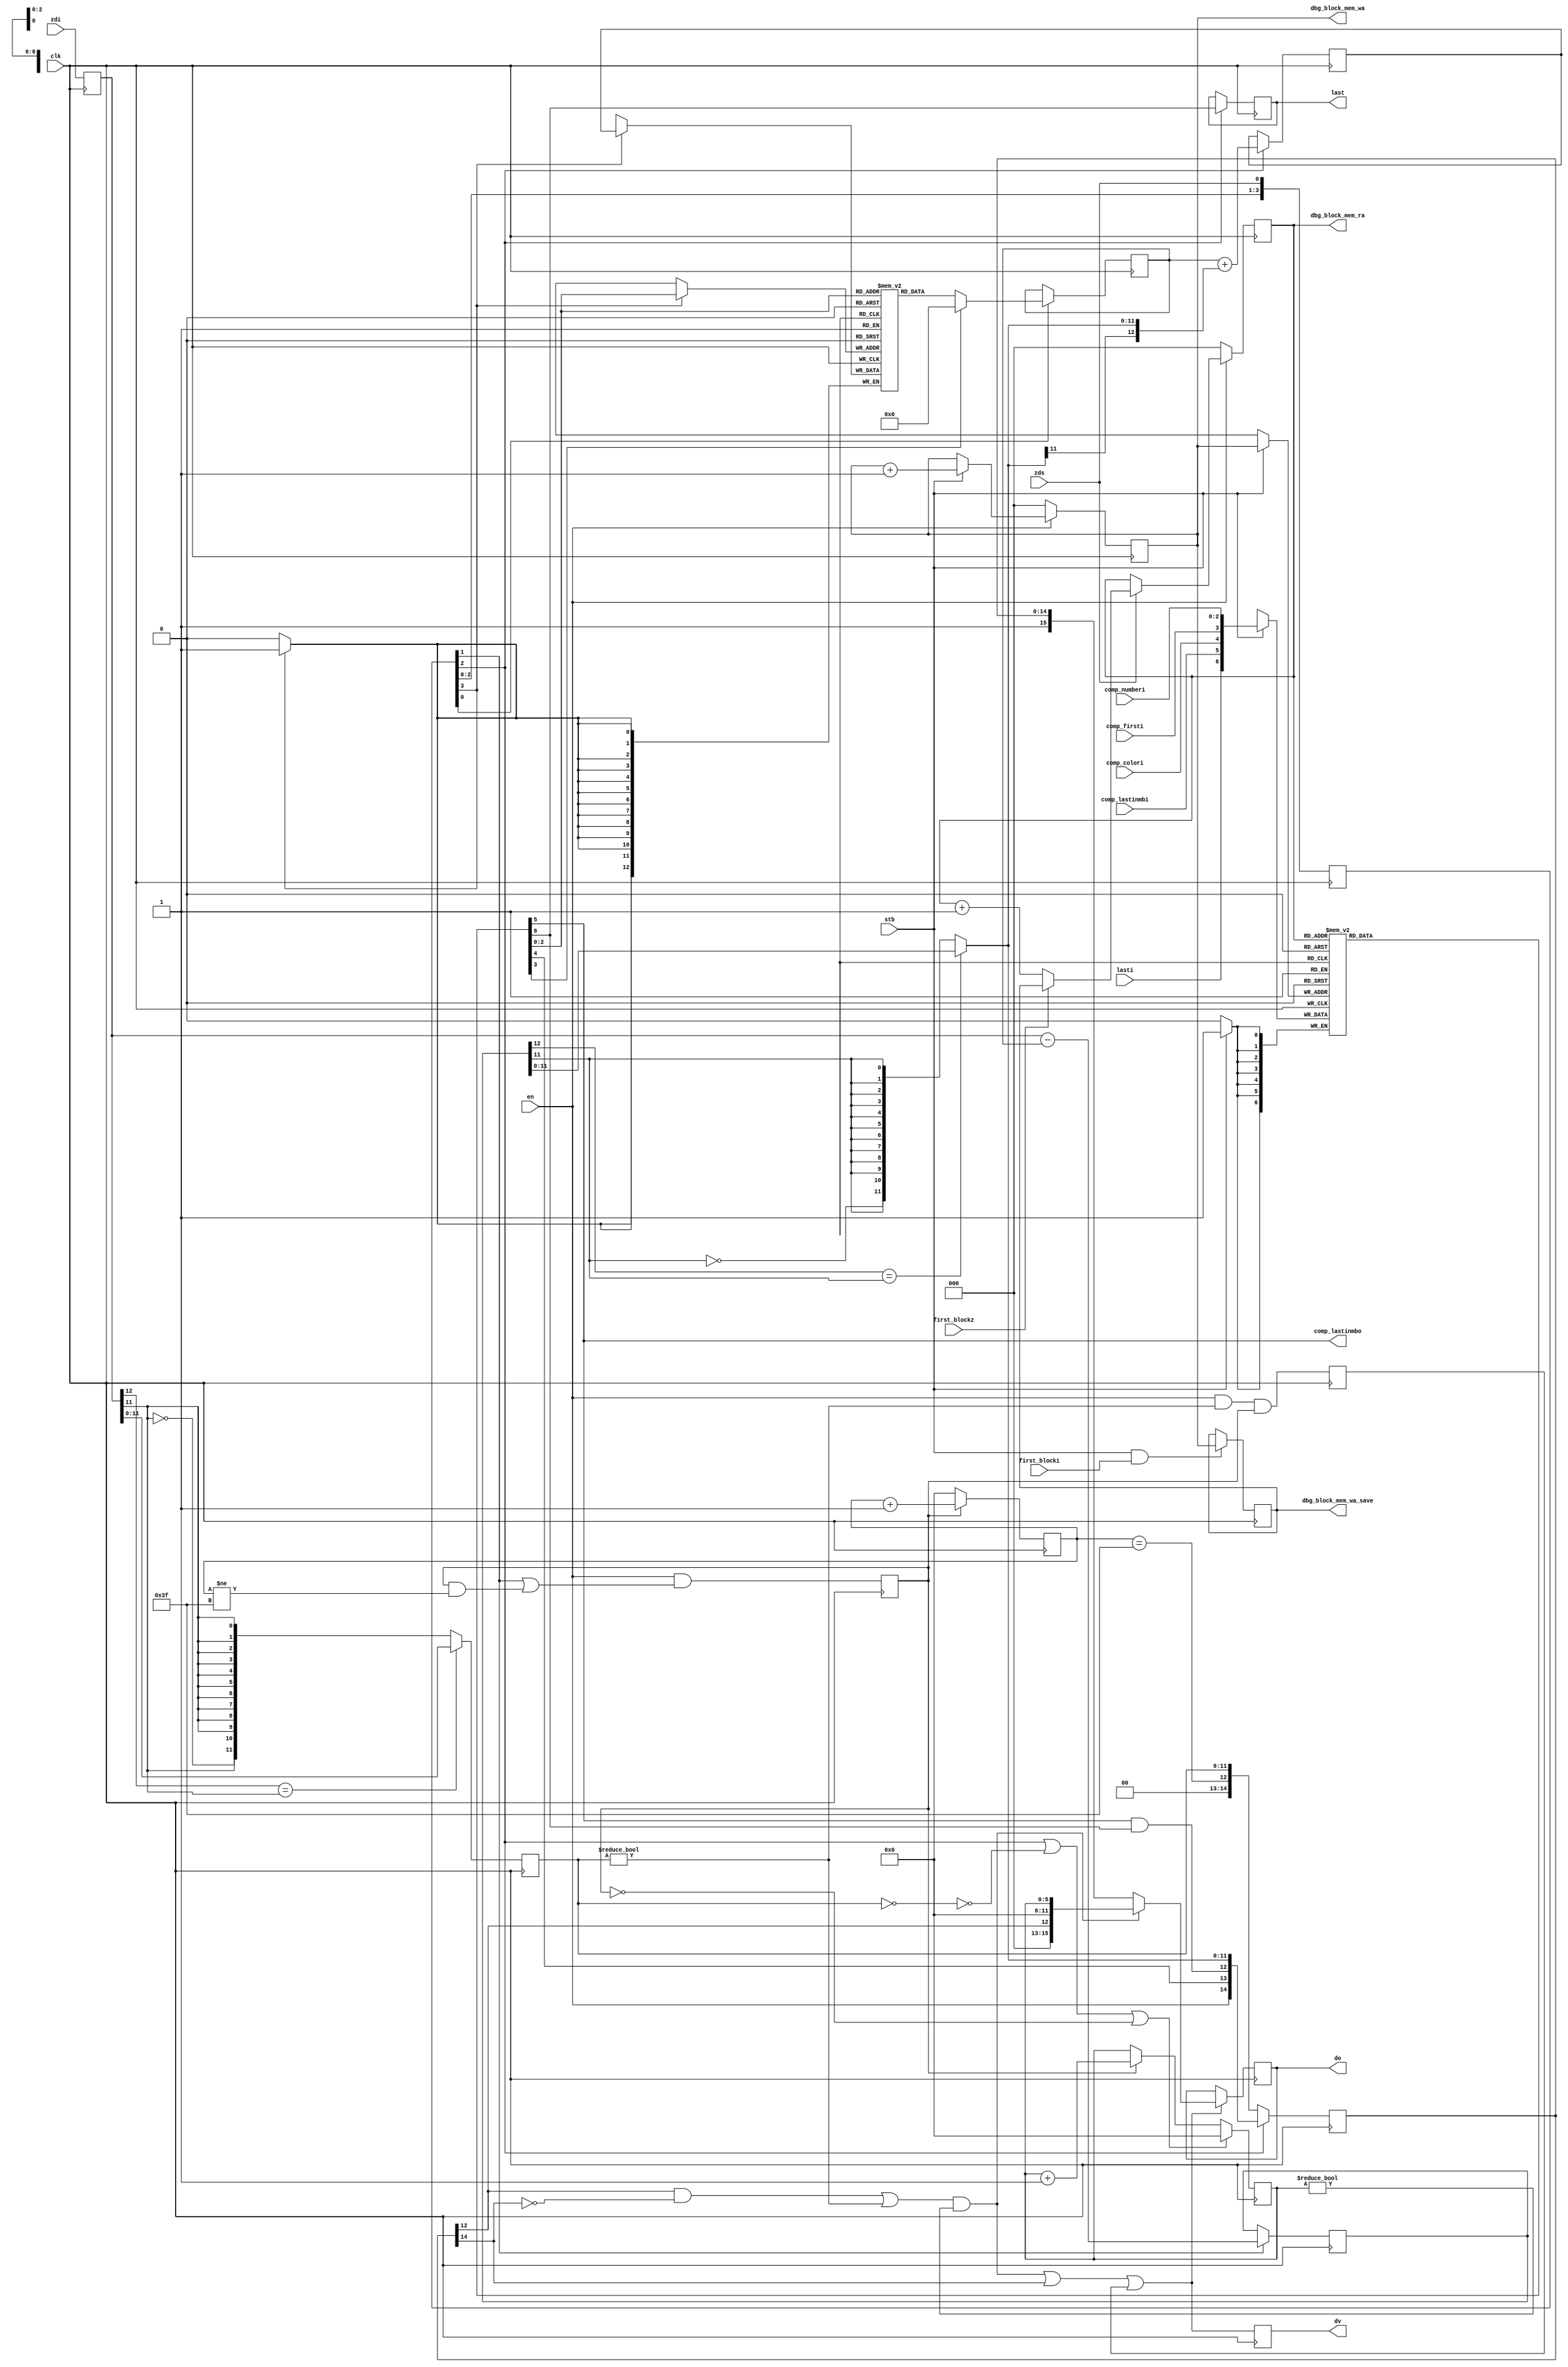
/*!
 * <b>Module:</b>encoderDCAC393
 * @file encoderDCAC393.v
 * @author Andrey Filippov     
 *
 * @brief  RLL encoder for JPEG compressor
 *
 * @copyright Copyright (c) 2002-2015 Elphel, Inc.
 *
 * <b>License:</b>
 *
 * encoderDCAC393.v is free software; you can redistribute it and/or modify
 * it under the terms of the GNU General Public License as published by
 * the Free Software Foundation, either version 3 of the License, or
 * (at your option) any later version.
 *
 * encoderDCAC393.v is distributed in the hope that it will be useful,
 * but WITHOUT ANY WARRANTY; without even the implied warranty of
 * MERCHANTABILITY or FITNESS FOR A PARTICULAR PURPOSE.  See the
 * GNU General Public License for more details.
 *
 * You should have received a copy of the GNU General Public License
 * along with this program.  If not, see <http://www.gnu.org/licenses/> .
 *
 * Additional permission under GNU GPL version 3 section 7:
 * If you modify this Program, or any covered work, by linking or combining it
 * with independent modules provided by the FPGA vendor only (this permission
 * does not extend to any 3-rd party modules, "soft cores" or macros) under
 * different license terms solely for the purpose of generating binary "bitstream"
 * files and/or simulating the code, the copyright holders of this Program give
 * you the right to distribute the covered work without those independent modules
 * as long as the source code for them is available from the FPGA vendor free of
 * charge, and there is no dependence on any encrypted modules for simulating of
 * the combined code. This permission applies to you if the distributed code
 * contains all the components and scripts required to completely simulate it
 * with at least one of the Free Software programs.
 */


// Accepts  13-bits signed data (only 12-bit can be ecoded), so DC difference (to be encoded) is limited (saturated) to 12 bits, not the value itself
// AC - always limited to 800 .. 7ff
module encoderDCAC393(
    input             clk,            // pixel clock, posedge
    input             en,             // enable (0 resets)
    input             lasti,          // was "last MCU in a frame" (@ stb)
    input             first_blocki,   // first block in frame - save fifo write address (@ stb) 
    input      [ 2:0] comp_numberi,   // [2:0] component number 0..2 in color, 0..3 - in jp4diff, >= 4 - don't use (@ stb) 
    input             comp_firsti,    // first this component in a frame (reset DC) (@ stb) 
    input             comp_colori,    // use color - huffman? (@ stb) 
    input             comp_lastinmbi, // last component in a macroblock (@ stb) is it needed?
    input             stb,            // strobe that writes firsti, lasti, tni,average
    input      [12:0] zdi,            // [11:0] zigzag-reordered data input
    input             first_blockz,   // first block input (@zds)
    input             zds,            // strobe - one ahead of the DC component output
    output reg        last,           //
    output reg [15:0] do,
    output reg        dv,
    // just for debug
    output comp_lastinmbo,
    output [2:0] dbg_block_mem_ra,
    output [2:0] dbg_block_mem_wa,
    output [2:0] dbg_block_mem_wa_save
    );


// 8x13  DC storage memory
    reg    [12:0] dc_mem[7:0];
    reg    [12:0] dc_diff0, dc_diff;
    wire   [11:0] dc_diff_limited=  (dc_diff[12]==dc_diff[11])?
                                     dc_diff[11:0] :
                                     {~dc_diff[11],{11{dc_diff[11]}}}; // difference (to be encoded) limited to fit 12 bits
    reg    [12:0] dc_restored; // corrected DC value of the current block, compensated to fit difference to 12 bits
    reg    [ 5:0] rll_cntr;
    reg    [5:0]  cntr;
    reg    [11:0] ac_in;

    wire          izero=(ac_in[11:0]==12'b0);

    reg    [14:0] val_r;    // DC diff/AC values to be sent out, registered

    reg           DCACen;    // enable DC/AC (2 cycles ahead of do
    wire          rll_out;
    wire          pre_dv;
    reg           was_nonzero_AC;
    reg    [12:0] zdi_d;
    reg     [3:0] zds_d;
    wire          DC_tosend=  zds_d[2];
    wire          pre_DCACen= zds_d[1];

    wire    [2:0] comp_numbero;   // [2:0] component number 0..2 in color, 0..3 - in jp4diff, >= 4 - don't use
    wire          comp_firsto;    // first this component in a frame (reset DC)
    wire          comp_coloro;    // use color - huffman?
//    wire          comp_lastinmbo; // last component in a macroblock
    wire          lasto;          // last macroblock in a frame
    reg     [2:0] block_mem_ra;
    reg     [2:0] block_mem_wa;
    reg     [2:0] block_mem_wa_save;
    reg     [6:0] block_mem_ram[0:7];
    wire    [6:0] block_mem_o=block_mem_ram[block_mem_ra[2:0]];
    
    assign comp_numbero[2:0]= block_mem_o[2:0];
    assign comp_firsto=       block_mem_o[3];
    assign comp_coloro=       block_mem_o[4];
    assign comp_lastinmbo=    block_mem_o[5];
    assign lasto=             block_mem_o[6];
    
    assign dbg_block_mem_ra = block_mem_ra;
    assign dbg_block_mem_wa = block_mem_wa;
    assign dbg_block_mem_wa_save = block_mem_wa_save;
    
    always @ (posedge clk) begin
        if (stb) block_mem_ram[block_mem_wa[2:0]] <= {lasti, comp_lastinmbi, comp_colori,comp_firsti,comp_numberi[2:0]};
        if      (!en) block_mem_wa[2:0] <= 3'h0;
        else if (stb) block_mem_wa[2:0] <= block_mem_wa[2:0] +1;

        if (stb && first_blocki) block_mem_wa_save[2:0] <= block_mem_wa[2:0];

        if      (!en) block_mem_ra[2:0] <= 3'h0;
        else if (zds) block_mem_ra[2:0] <= first_blockz?block_mem_wa_save[2:0]:(block_mem_ra[2:0] +1);
    end

    assign rll_out= ((val_r[12] && !val_r[14]) || (ac_in[11:0]!=12'b0)) && (rll_cntr[5:0]!=6'b0);
    assign     pre_dv=rll_out || val_r[14] || was_nonzero_AC;

    always @ (posedge clk) begin
        val_r[14:0] <={ DC_tosend?
                            {en,
                             comp_coloro,
                             comp_lastinmbo && lasto, // last component's  in a frame DC coefficient
                             dc_diff_limited[11:0]}:
                            {2'b0,
                              (cntr[5:0]==6'h3f),
                              ac_in[11:0]}}; 
        was_nonzero_AC <= en && (ac_in[11:0]!=12'b0) && DCACen;
        if (pre_dv) do <= rll_out? {3'b0,val_r[12],6'b0,rll_cntr[5:0]}:{1'b1,val_r[14:0]};
        dv    <= pre_dv;
        DCACen    <= en && (pre_DCACen || (DCACen && (cntr[5:0]!=6'h3f)));    // adjust
        if (!DCACen) cntr[5:0] <=6'b0;
        else              cntr[5:0] <=cntr[5:0]+1;
    end

    always @ (posedge clk) begin
        zdi_d[12:0] <= zdi[12:0];
        ac_in[11:0] <= (zdi_d[12]==zdi_d[11])? zdi_d[11:0]:{~zdi_d[11],{11{zdi_d[11]}}};  // always // delay + saturation
        
        if (DC_tosend || !izero || !DCACen) rll_cntr[5:0]    <= 6'h0;
        else if (DCACen) rll_cntr[5:0]    <= rll_cntr[5:0] +1 ;
        if (DC_tosend) last <= lasto;
    end

// DC components
    always @ (posedge clk) begin
        zds_d[3:0]           <= {zds_d[2:0], zds};
        if (zds_d[0])   dc_diff0[12:0] <= comp_firsto?13'b0:dc_mem[comp_numbero[2:0]];
        if (zds_d[1])   dc_diff [12:0] <= zdi_d[12:0]-dc_diff0[12:0];
        if (zds_d[2])   dc_restored[12:0] <=  dc_diff0[12:0] + {dc_diff_limited[11],dc_diff_limited[11:0]};
        if (zds_d[3])   dc_mem[comp_numbero[2:0]]   <= dc_restored[12:0];
    end

// Generate output stream to facilitate huffman encoding. The data will go to FIFO (16x) to compensate for possible long Huffman codes
// and/or zero-byte insertions
// format:
// {2'b11, color,last block,      dc[11:0]} - DC data
// {2'b10, 1'b0, last coeff,      ac[11:0]} - AC data (last coeff is set if it is last- 63-rd AC coefficient)
// {2'h00, 2'b00,      6'b0,rll[ 5:0]} - RLL zeroes.
// {2'h00, 2'b01,      6'b0,rll[ 5:0]} - end of block. lower 6 bits will have length that should be ignored

endmodule